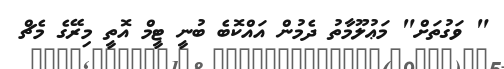
" ވަގުތަށް" މަޢުލޫމާތު ދެމުން އައްކޮބެ ބުނީ ޓީމް އޮތީ މިރޭގެ މެޗް